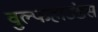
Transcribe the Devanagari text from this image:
वुल्फहाउंडस